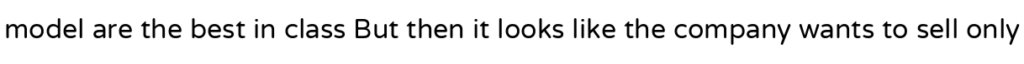
model are the best in class But then it looks like the company wants to sell only